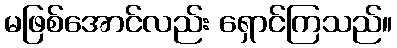
မဖြစ်အောင်လည်း ရှောင်ကြသည်။